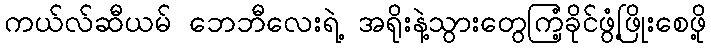
ကယ်လ်ဆီယမ် ဘေဘီလေးရဲ့ အရိုးနဲ့သွားတွေကြံ့ခိုင်ဖွံ့ဖြိုးစေဖို့